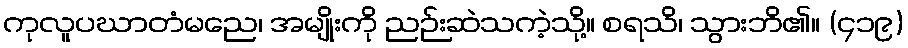
ကုလူပဃာတံမညေ၊ အမျိုးကို ညဉ်းဆဲသကဲ့သို့။ စရသိ၊ သွားဘိ၏။ (၄၁၉)